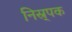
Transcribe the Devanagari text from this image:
निस्र्पक